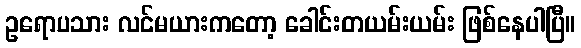
ဥရောပသား လင်မယားကတော့ ခေါင်းတယမ်းယမ်း ဖြစ်နေပါပြီ။